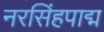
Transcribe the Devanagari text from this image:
नरसिंहपाद्म